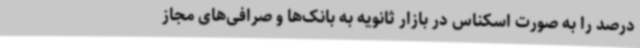
درصد را به صورت اسکناس در بازار ثانویه به بانک‌ها و صرافی‌های مجاز